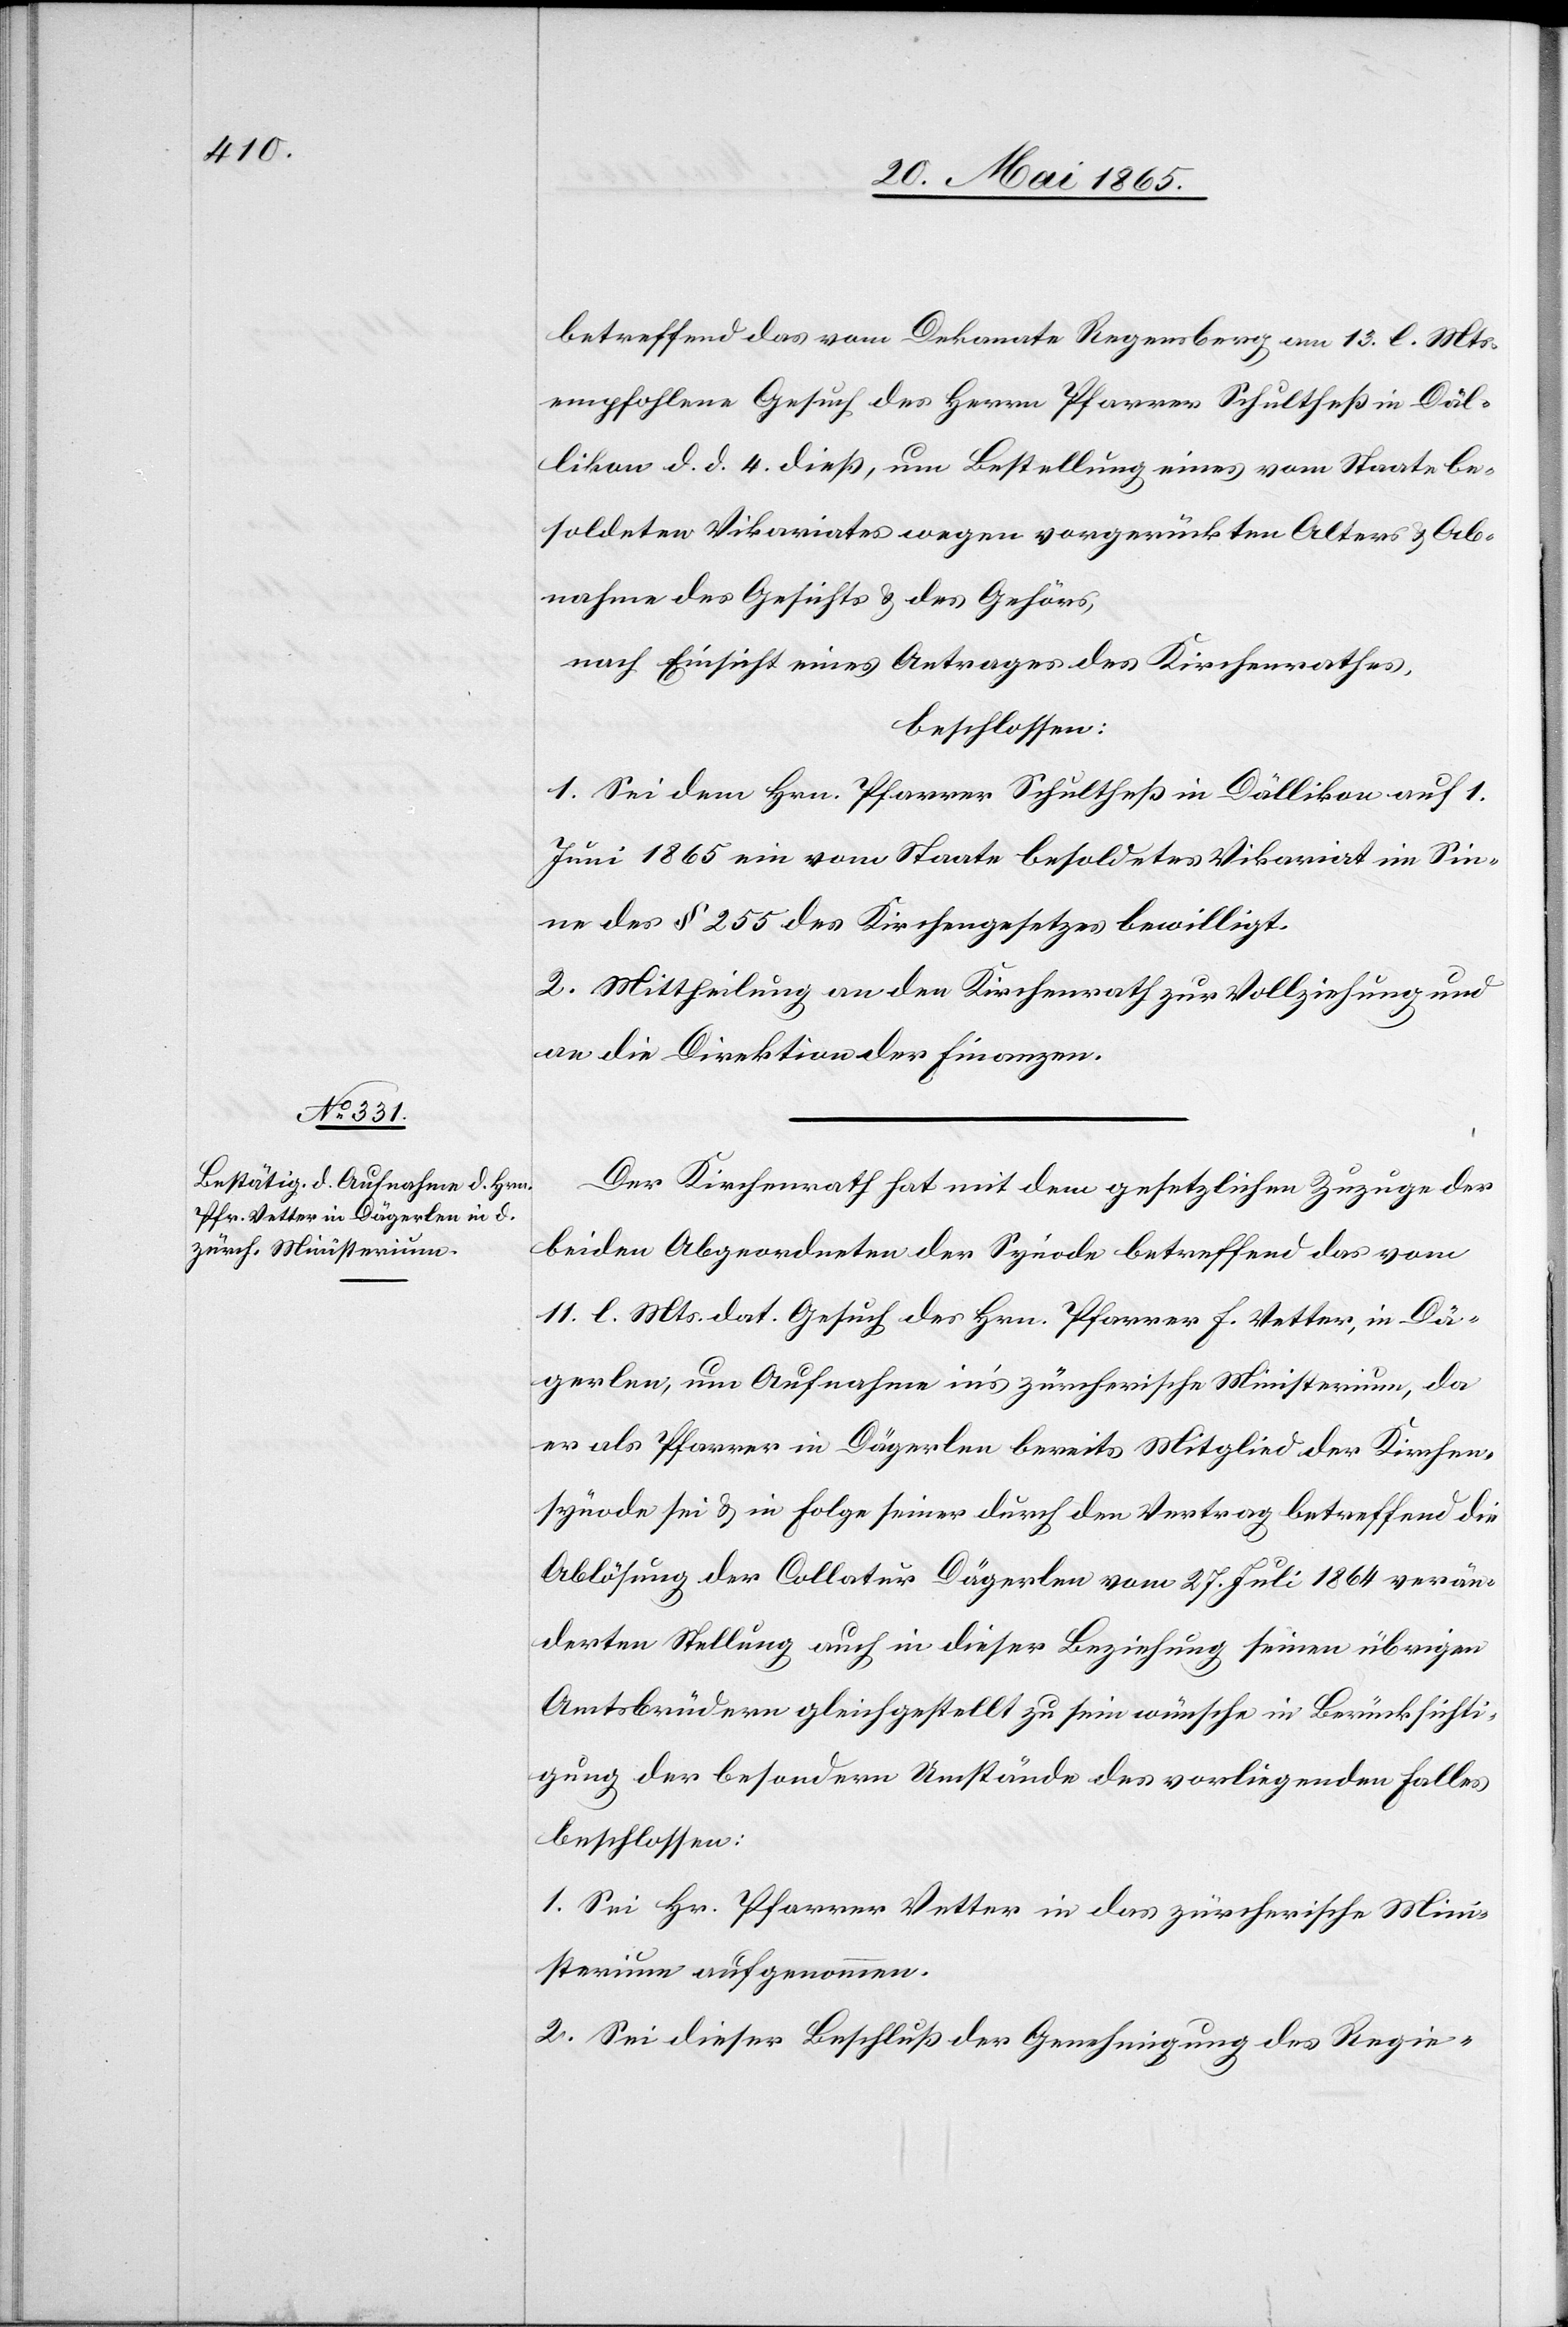
betreffend das vom Dekanate Regensberg am 13. l. Mts.
empfohlene Gesuch des Herrn Pfarrer Schultheß in Däl¬
likon d. d. 4. dieß, um Bestellung eines vom Staate be¬
soldeten Vikariates wegen vorgerückten Alters & Ab¬
nahme des Gesichts & des Gehörs,
nach Einsicht eines Antrages des Kirchenrathes,
beschlossen:
1. Sei dem Hrn. Pfarrer Schultheß in Dällikon auf 1.
Juni 1865 ein vom Staate besoldetes Vikariat im Sin¬
ne des § 255 des Kirchengesetzes bewilligt.
2. Mittheilung an den Kirchenrath zur Vollziehung und
an die Direktion der Finanzen.
Der Kirchenrath hat mit dem gesetzlichen Zuzuge der
beiden Abgeordneten der Synode betreffend das vom
11. l. Mts. dat. Gesuch des Hrn. Pfarrer F. Vetter, in Dä¬
gerlen, um Aufnahme in’s zürcherische Ministerium, da
er als Pfarrer in Dägerlen bereits Mitglied der Kirchen¬
synode sei & in Folge seiner durch den Vertrag betreffend die
Ablösung der Collatur Dägerlen vom 27. Juli 1864 verän¬
derten Stellung auch in dieser Beziehung seinen übrigen
Amtsbrüdern gleichgestellt zu sein wünsche in Berücksichti¬
gung der besondern Umstände des vorliegenden Falles
beschlossen:
1. Sei Hr. Pfarrer Vetter in das zürcherische Mini¬
sterium aufgenommen.
2. Sei dieser Beschluß der Genehmigung des Regie-